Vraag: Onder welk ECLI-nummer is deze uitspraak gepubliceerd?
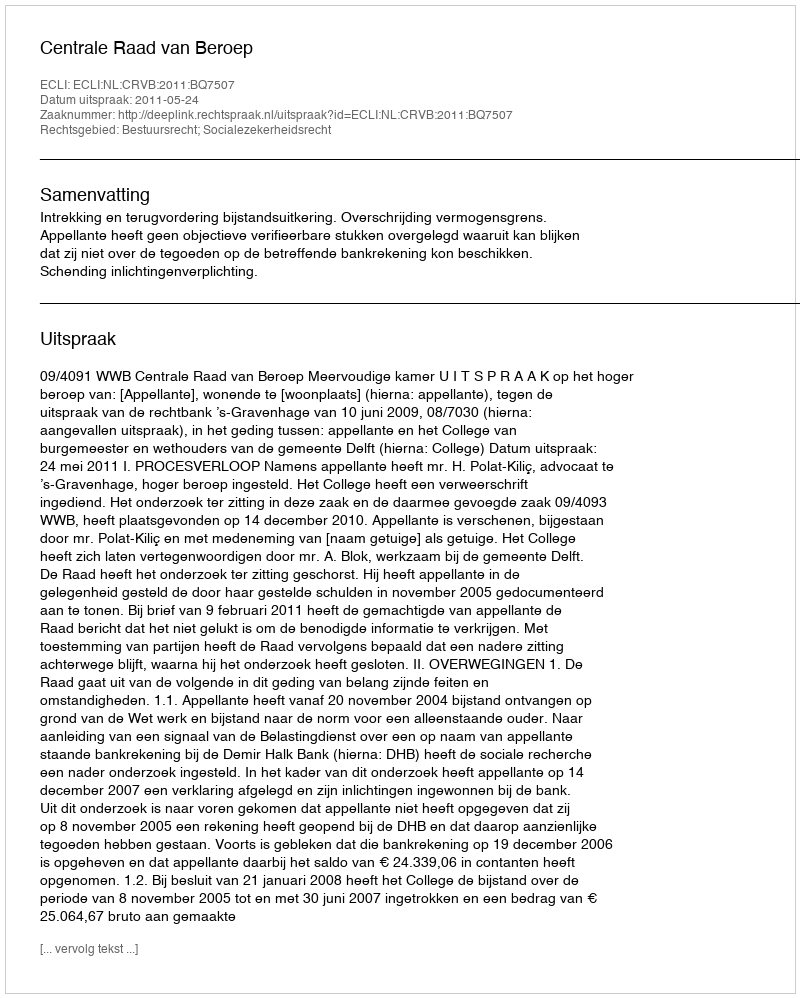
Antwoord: ECLI:NL:CRVB:2011:BQ7507